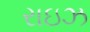
રાઇઝ